Civil Veterinary Department. United Provinces 1912-22 - 1912-1922
Year: 1912
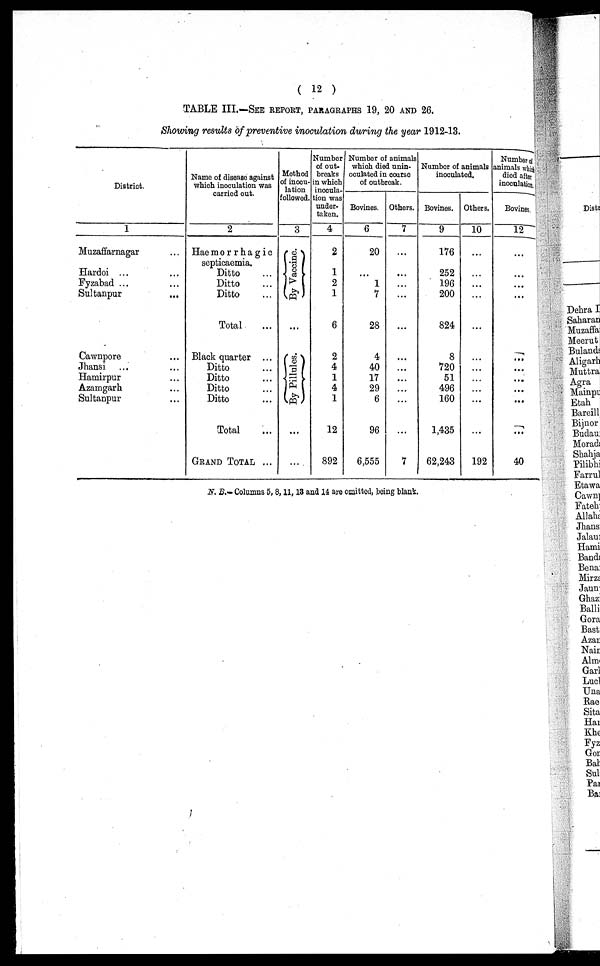
( 12 )
TABLE III.—SEE REPORT, PARAGRAPHS 19, 20 AND 26.
Showing results of preventive inoculation during the year 1912-13.
District.
1
Muzaffarnagar ...
Hardoi ... ...
Fyzabad ... ...
Sultanpur ...
Cawnpore ...
Jhansi ... ...
Hamirpur ...
Azamgarh ...
Sultanpur ...
Name of disease against
which inoculation was
carried out.
2
Haemorrhagic
septicaemia.
Ditto ...
Ditto ...
Ditto ...
Total ...
Black quarter ...
Ditto ...
Ditto ...
Ditto ...
Ditto ...
Total ...
GRAND TOTAL ...
Method
of inocu-
lation
followed.
3
By Vaccine.
...
By Pillules.
...
...
Number
of out-
breaks
in which
inocula-
tion was
under-
taken.
4
2
1
2
1
6
2
4
1
4
1
12
892
Number of animals
which died unin-
oculated in course
of outbreak.
Bovines.
6
20
...
1
7
28
4
40
17
29
6
96
6,555
Others.
7
...
...
...
...
...
...
...
...
...
...
...
7
Number of animals
inoculated.
Bovines.
9
176
252
196
200
824
8
720
51
496
160
1,435
62,243
Others.
10
...
...
...
...
...
...
...
...
...
...
...
192
Number of
animals which
died after
inoculation.
Bovines.
12
...
...
...
...
...
...
...
...
...
...
...
40
N. B.—Columns 5, 8, 11, 13 and 14 are omitted, being blank.